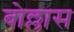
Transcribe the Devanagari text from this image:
बोल्लास